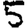
Digit: 5